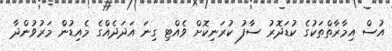
އުސް އިމާރާތްތަކުގެ ކުޑަދޮރު ސާފު ކުރަނިކޮށް ވެއްޓި ގިނަ އަދަދެއްގެ މެއިޑުން މަރުވުންދާ